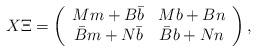
LaTeX: \begin{align*}X \Xi = \left( \begin{array}{cc} M m + B \bar{b} & M b + B n \\ \bar{B} m + N \bar{b} & \bar{B} b + N n \end{array} \right) ,\end{align*}